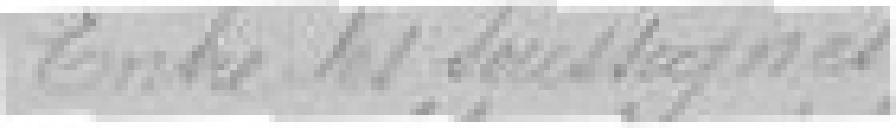
Entre les soussignés :